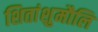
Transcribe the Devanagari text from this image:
शितांशुमौलि